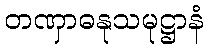
တဏှာဓနုသမုဋ္ဌာနံ